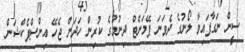
ސީން ނަގާފައިވާ ލޯނުގެ ދެވަނަ ޕޭމަންޓް ދިނުމުގެ ކުރިން ހަދަން ޖެހޭ އިންސްޕެކްޝަން